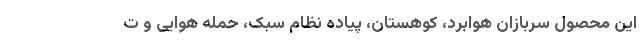
این محصول سربازان هوابرد، کوهستان، پیاده نظام سبک، حمله هوایی و ت